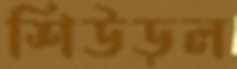
শিউড়ল